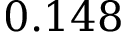
0 . 1 4 8